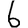
Digit: 6